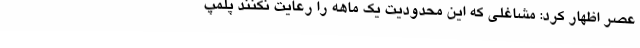
عصر اظهار کرد: مشاغلی که این محدودیت یک ماهه را رعایت نکنند پلمپ